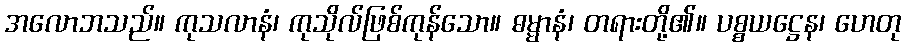
အလောဘသည်။ ကုသလာနံ၊ ကုသိုလ်ဖြစ်ကုန်သော။ ဓမ္မာနံ၊ တရားတို့၏။ ပစ္စယဋ္ဌေန၊ ဟေတု